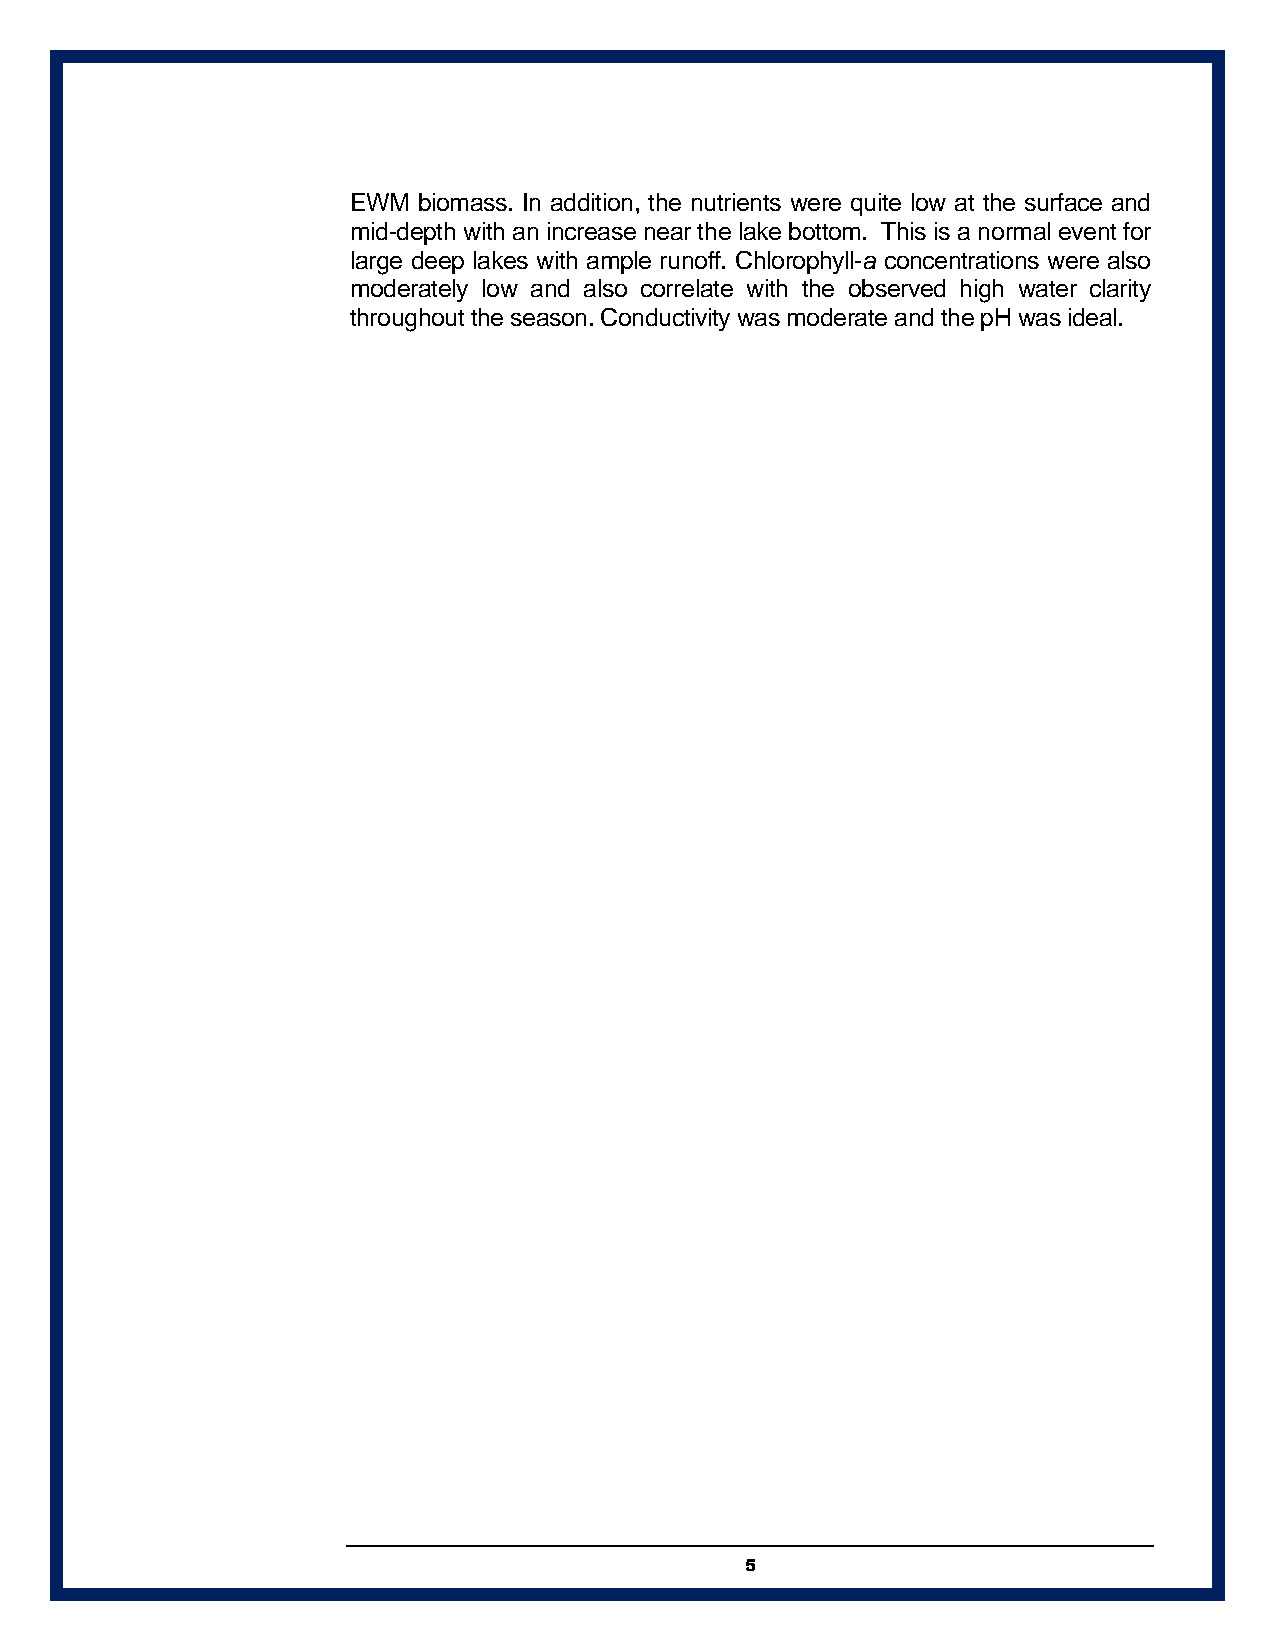
EWM  biomass. In addition, the nutrients were quite low at the surface and
 mid-depth with an increase near the lake bottom. This is a normal event for
 large deep lakes with ample runoff. Chlorophyll-a concentrations were also
 moderately low and also correlate with the observed high water clarity
 throughout the season. Conductivity was moderate and the pH was ideal.
 5